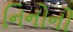
નિનોનો